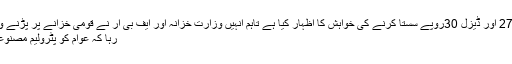
رپورٹ کے مطابق وزیراعظم عمران خان نے پٹرول 27 اور ڈیزل 30روپے سستا کرنے کی خواہش کا اظہار کیا ہے تاہم انہیں وزارت خزانہ اور ایف بی آر نے قومی خزانے پر پڑنے والے بوجھ سے آگاہ کیا جس کے بعدامکان ظاہر کیا جا
رہا کہ عوام کو پٹرولیم مصنوعات پر 8 سے 15 روپے کمی کا ریلیف مل سکتا ہے۔